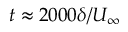
t \approx 2 0 0 0 \delta / U _ { \infty }